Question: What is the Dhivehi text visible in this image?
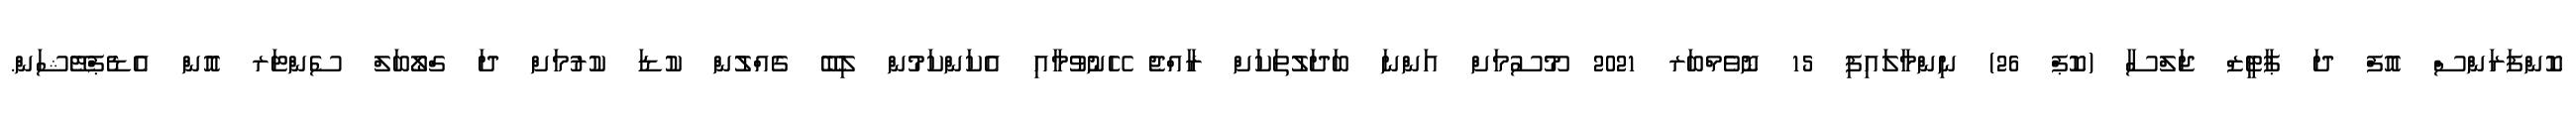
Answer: ކޮންފަރަންސް އޮފް ދަ ޕާޓީޒް ޖަލްސާ (ކޮޕް 26) ނިންމާލައިފި 15 ނޮވެމްބަރ 2021 މޫސުމަށް އަންނަ ބަދަލުތަކަށް ރާއްޖެ ހޭނުވުމާއި އެކަންކަމުން ލިބޭ ގެއްލުން ކުޑަ ކުރުމަށް ދަ ގްލޯބަލް ސެންޓަރ އޮން އެޑެޕްޓޭޝަން.